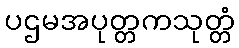
ပဌမအပုတ္တကသုတ္တံ